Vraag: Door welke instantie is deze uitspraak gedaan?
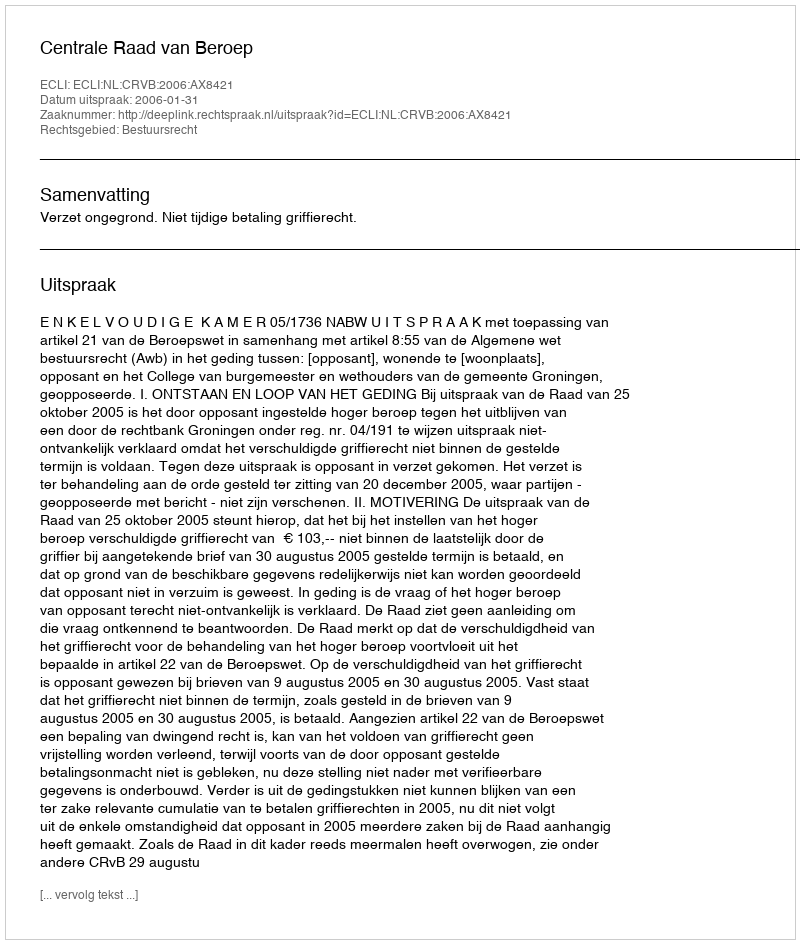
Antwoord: Centrale Raad van Beroep